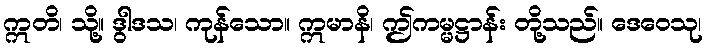
ဣတိ၊ သို့။ ဒွါဒသ၊ ကုန်သော။ ဣမာနိ၊ ဤကမ္မဋ္ဌာန်း တို့သည်။ ဒေဝေသု၊